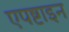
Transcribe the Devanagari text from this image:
एपष्टाइन